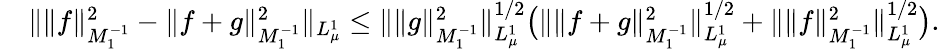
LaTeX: \begin{array}{rl}&{\Vert\Vert f\Vert_{M_{1}^{-1}}^{2}-\Vert f+g\Vert_{M_{1}^{-1}}^{2}\Vert_{L_{\mu}^{1}}\leq\Vert\Vert g\Vert_{M_{1}^{-1}}^{2}\Vert_{L_{\mu}^{1}}^{1/2}\bigr(\Vert\Vert f+g\Vert_{M_{1}^{-1}}^{2}\Vert_{L_{\mu}^{1}}^{1/2}+\Vert\Vert f\Vert_{M_{1}^{-1}}^{2}\Vert_{L_{\mu}^{1}}^{1/2}\bigr).}\end{array}